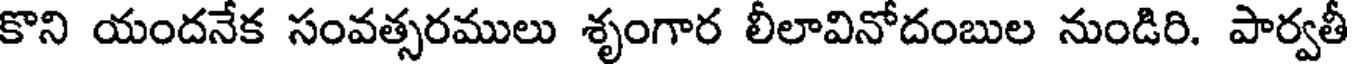
కొని యందనేక సంవత్సరములు శృంగార లీలావినోదంబుల నుండిరి. పార్వతీ